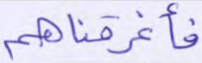
فأغرقناهم